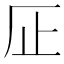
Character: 𱤽